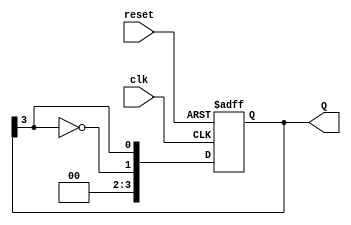
module johnson_counter #(
    parameter n = 4  // Number of flip-flops (you can change this value)
)(
    input wire clk,           // Clock input
    input wire reset,         // Asynchronous reset input
    output reg [n-1:0] Q      // Counter output
);

    always @(posedge clk or posedge reset)
    begin
        if (reset)
            Q <= 0;  // Reset the counter to 0
        else
            Q <= {~Q[n-1], Q[n-1:n-1]};  // Shift with feedback
    end

endmodule